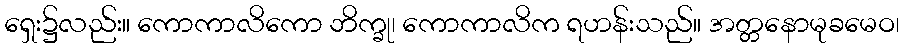
ရှေး၌လည်း။ ကောကာလိကော ဘိက္ခု၊ ကောကာလိက ရဟန်းသည်။ အတ္တနောမုခမေဝ၊